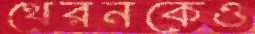
থেরনকেও